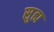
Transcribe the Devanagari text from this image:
सुह्म